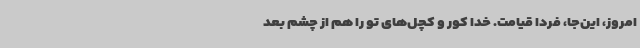
امروز، این‌جا، فردا قیامت. خدا کور و کچل‌های تو را هم از چشم بعد